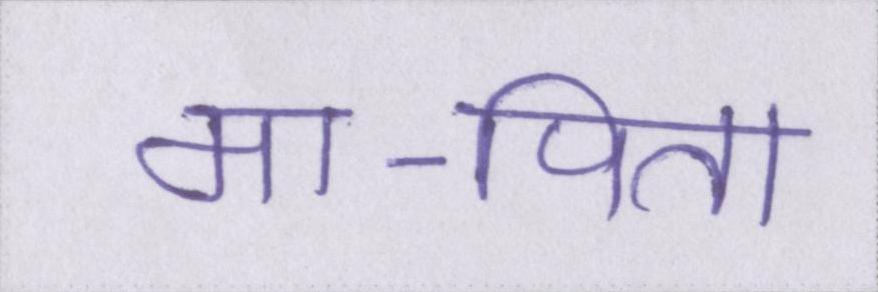
मा-पिता